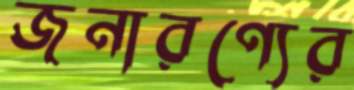
জনারণ্যের